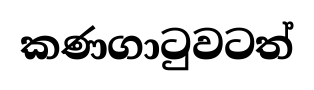
කණගාටුවටත්